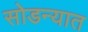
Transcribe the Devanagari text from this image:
सोडन्यात